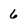
Character: 6